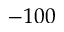
- 1 0 0